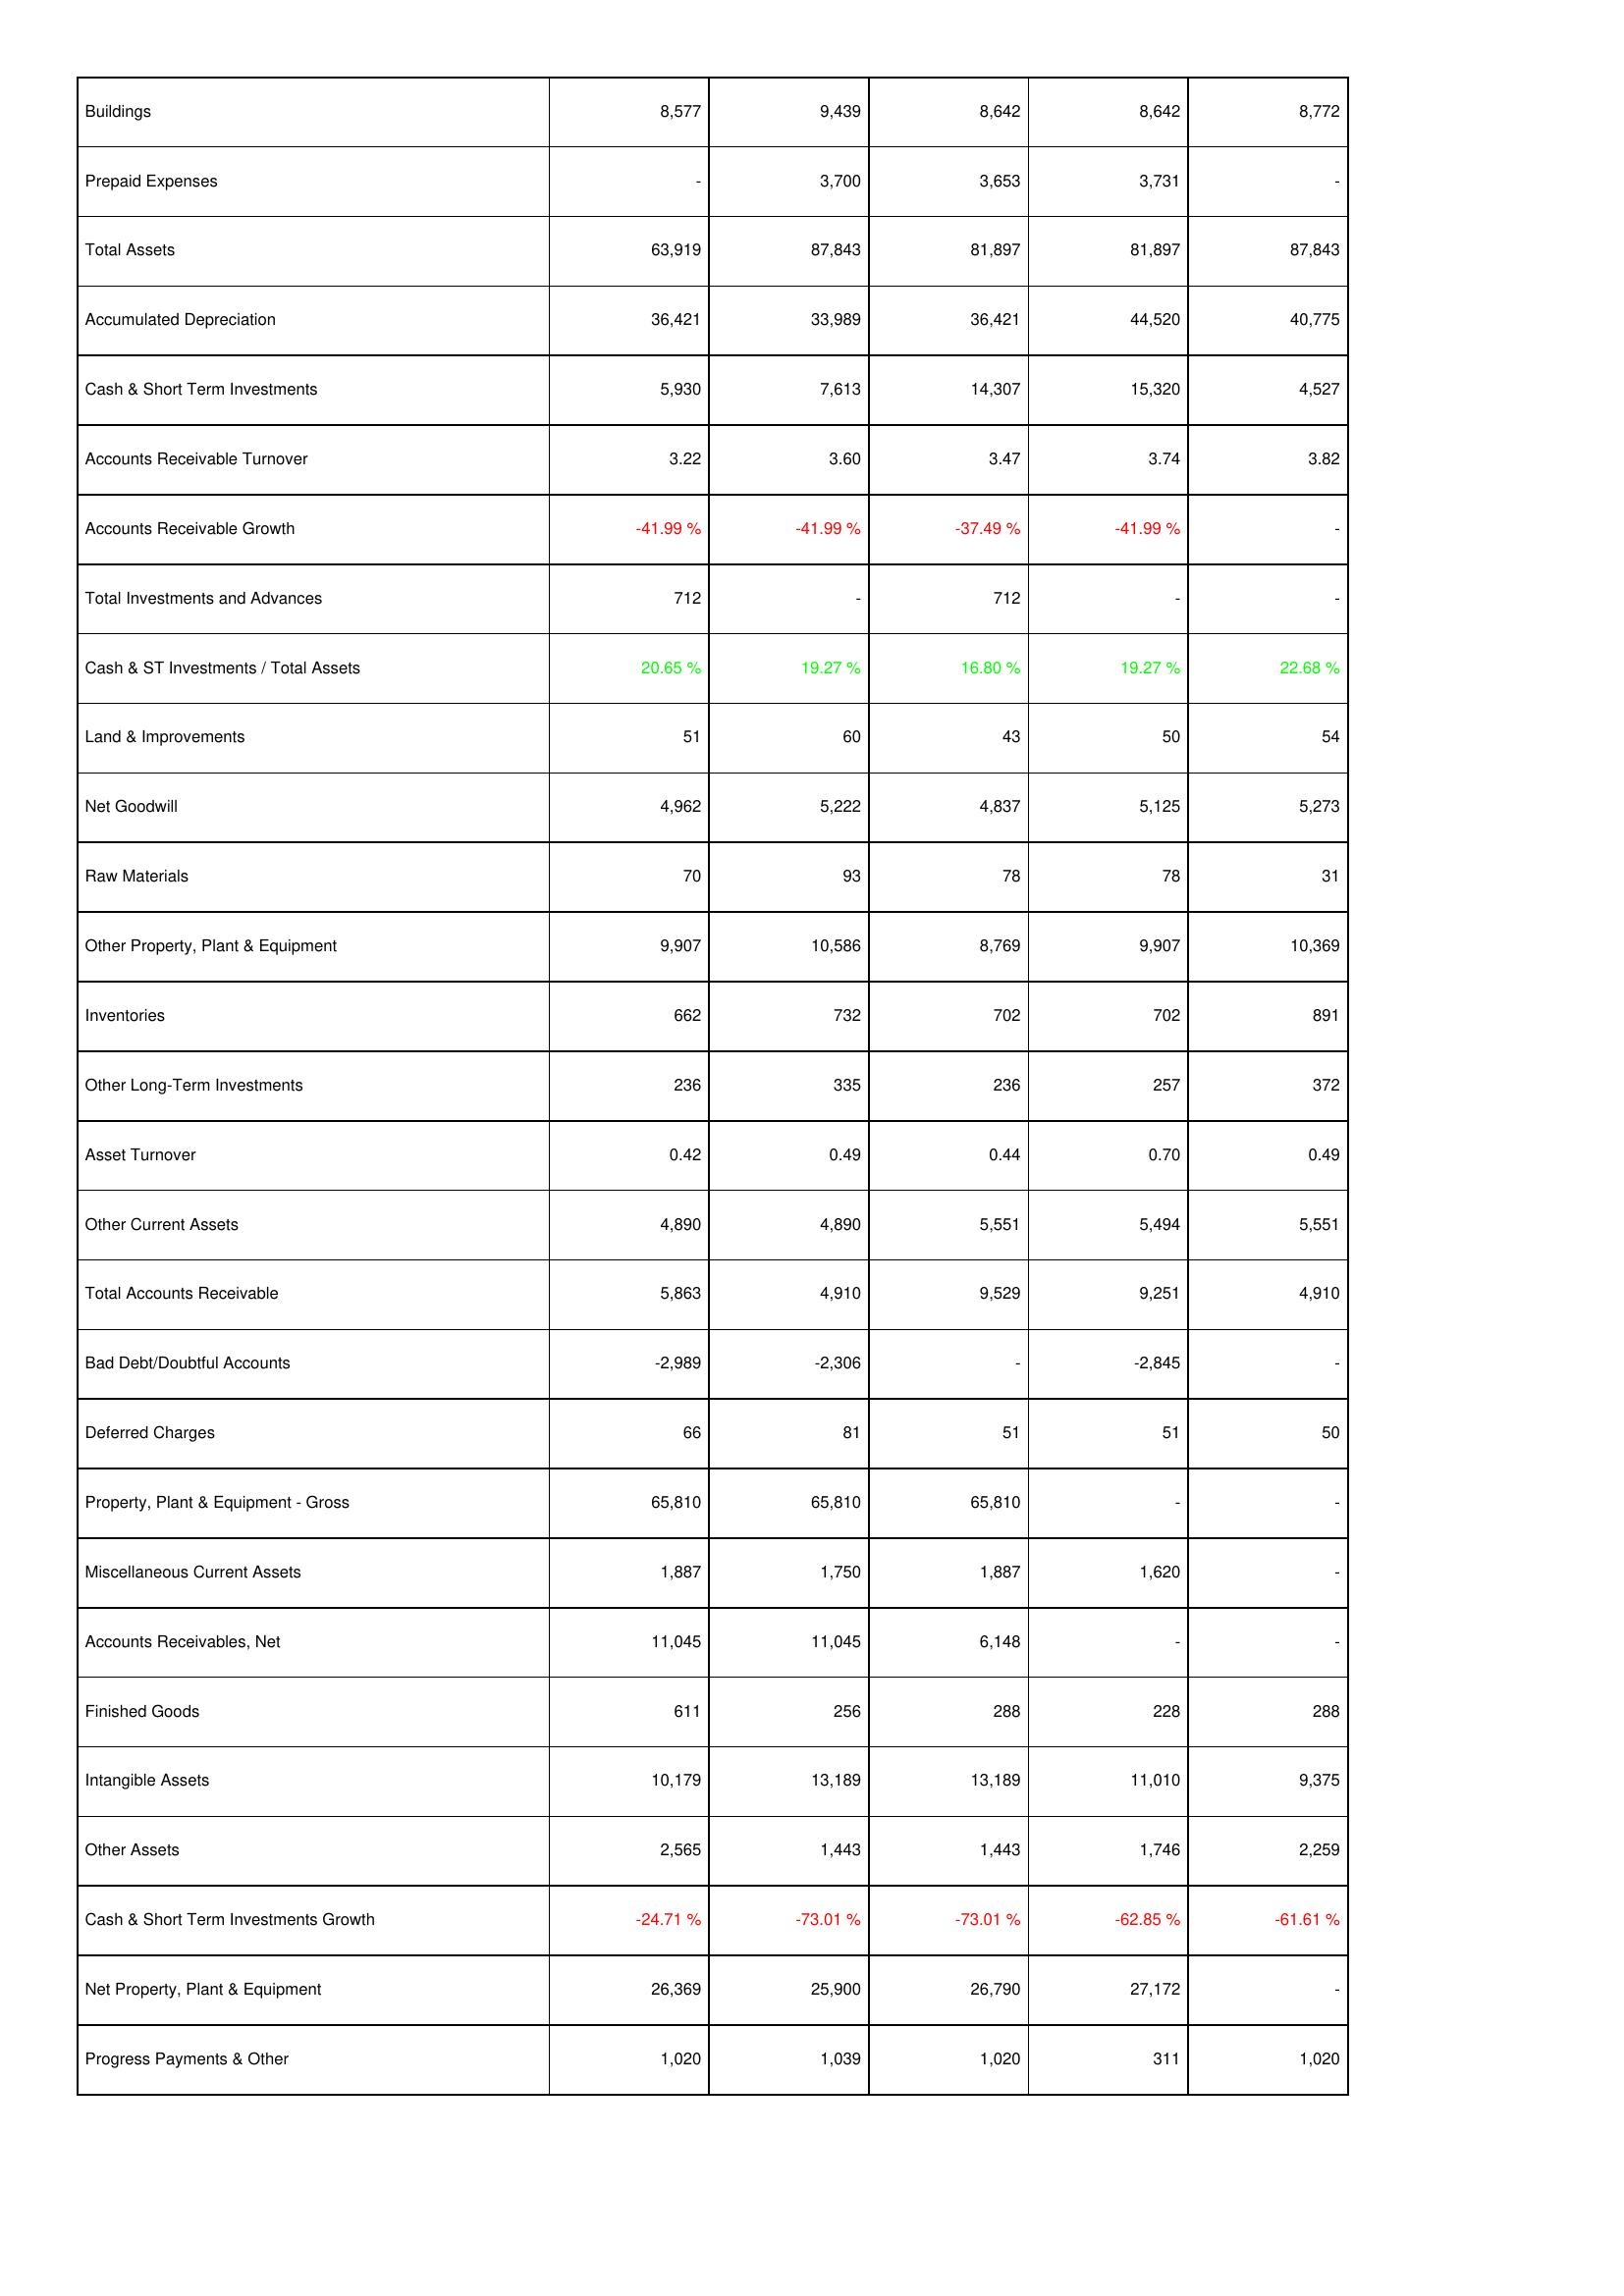
2024: Assets: Buildings: 8,577
Prepaid Expenses: -
Total Assets: 63,919
Accumulated Depreciation: 36,421
Cash & Short Term Investments: 5,930
Accounts Receivable Turnover: 3.22
Accounts Receivable Growth: -41.99 %
Total Investments and Advances: 712
Cash & ST Investments / Total Assets: 20.65 %
Land & Improvements: 51
Net Goodwill: 4,962
Raw Materials: 70
Other Property, Plant & Equipment: 9,907
Inventories: 662
Other Long-Term Investments: 236
Asset Turnover: 0.42
Other Current Assets: 4,890
Total Accounts Receivable: 5,863
Bad Debt/Doubtful Accounts: -2,989
Deferred Charges: 66
Property, Plant & Equipment - Gross: 65,810
Miscellaneous Current Assets: 1,887
Accounts Receivables, Net: 11,045
Finished Goods: 611
Intangible Assets: 10,179
Other Assets: 2,565
Cash & Short Term Investments Growth: -24.71 %
Net Property, Plant & Equipment: 26,369
Progress Payments & Other: 1,020
2023: Assets: Buildings: 9,439
Prepaid Expenses: 3,700
Total Assets: 87,843
Accumulated Depreciation: 33,989
Cash & Short Term Investments: 7,613
Accounts Receivable Turnover: 3.60
Accounts Receivable Growth: -41.99 %
Total Investments and Advances: -
Cash & ST Investments / Total Assets: 19.27 %
Land & Improvements: 60
Net Goodwill: 5,222
Raw Materials: 93
Other Property, Plant & Equipment: 10,586
Inventories: 732
Other Long-Term Investments: 335
Asset Turnover: 0.49
Other Current Assets: 4,890
Total Accounts Receivable: 4,910
Bad Debt/Doubtful Accounts: -2,306
Deferred Charges: 81
Property, Plant & Equipment - Gross: 65,810
Miscellaneous Current Assets: 1,750
Accounts Receivables, Net: 11,045
Finished Goods: 256
Intangible Assets: 13,189
Other Assets: 1,443
Cash & Short Term Investments Growth: -73.01 %
Net Property, Plant & Equipment: 25,900
Progress Payments & Other: 1,039
2022: Assets: Buildings: 8,642
Prepaid Expenses: 3,653
Total Assets: 81,897
Accumulated Depreciation: 36,421
Cash & Short Term Investments: 14,307
Accounts Receivable Turnover: 3.47
Accounts Receivable Growth: -37.49 %
Total Investments and Advances: 712
Cash & ST Investments / Total Assets: 16.80 %
Land & Improvements: 43
Net Goodwill: 4,837
Raw Materials: 78
Other Property, Plant & Equipment: 8,769
Inventories: 702
Other Long-Term Investments: 236
Asset Turnover: 0.44
Other Current Assets: 5,551
Total Accounts Receivable: 9,529
Bad Debt/Doubtful Accounts: -
Deferred Charges: 51
Property, Plant & Equipment - Gross: 65,810
Miscellaneous Current Assets: 1,887
Accounts Receivables, Net: 6,148
Finished Goods: 288
Intangible Assets: 13,189
Other Assets: 1,443
Cash & Short Term Investments Growth: -73.01 %
Net Property, Plant & Equipment: 26,790
Progress Payments & Other: 1,020
2021: Assets: Buildings: 8,642
Prepaid Expenses: 3,731
Total Assets: 81,897
Accumulated Depreciation: 44,520
Cash & Short Term Investments: 15,320
Accounts Receivable Turnover: 3.74
Accounts Receivable Growth: -41.99 %
Total Investments and Advances: -
Cash & ST Investments / Total Assets: 19.27 %
Land & Improvements: 50
Net Goodwill: 5,125
Raw Materials: 78
Other Property, Plant & Equipment: 9,907
Inventories: 702
Other Long-Term Investments: 257
Asset Turnover: 0.70
Other Current Assets: 5,494
Total Accounts Receivable: 9,251
Bad Debt/Doubtful Accounts: -2,845
Deferred Charges: 51
Property, Plant & Equipment - Gross: -
Miscellaneous Current Assets: 1,620
Accounts Receivables, Net: -
Finished Goods: 228
Intangible Assets: 11,010
Other Assets: 1,746
Cash & Short Term Investments Growth: -62.85 %
Net Property, Plant & Equipment: 27,172
Progress Payments & Other: 311
2020: Assets: Buildings: 8,772
Prepaid Expenses: -
Total Assets: 87,843
Accumulated Depreciation: 40,775
Cash & Short Term Investments: 4,527
Accounts Receivable Turnover: 3.82
Accounts Receivable Growth: -
Total Investments and Advances: -
Cash & ST Investments / Total Assets: 22.68 %
Land & Improvements: 54
Net Goodwill: 5,273
Raw Materials: 31
Other Property, Plant & Equipment: 10,369
Inventories: 891
Other Long-Term Investments: 372
Asset Turnover: 0.49
Other Current Assets: 5,551
Total Accounts Receivable: 4,910
Bad Debt/Doubtful Accounts: -
Deferred Charges: 50
Property, Plant & Equipment - Gross: -
Miscellaneous Current Assets: -
Accounts Receivables, Net: -
Finished Goods: 288
Intangible Assets: 9,375
Other Assets: 2,259
Cash & Short Term Investments Growth: -61.61 %
Net Property, Plant & Equipment: -
Progress Payments & Other: 1,020